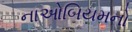
નાઓબિયમનો